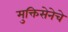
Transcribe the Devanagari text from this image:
मुक्तिसेनेचे